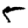
Digit: 5